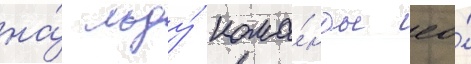
на́ льду́ кома́нды ео́